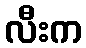
လီးက